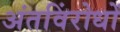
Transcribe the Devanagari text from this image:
अंतविंरोधों